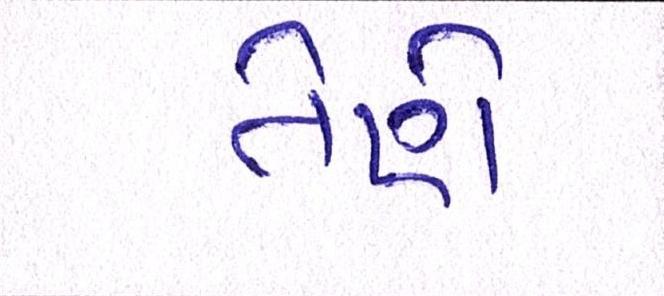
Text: તેણે